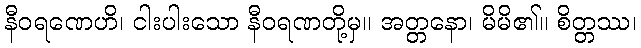
နီဝရဏေဟိ၊ ငါးပါးသော နီဝရဏတို့မှ။ အတ္တနော၊ မိမိ၏။ စိတ္တဿ၊